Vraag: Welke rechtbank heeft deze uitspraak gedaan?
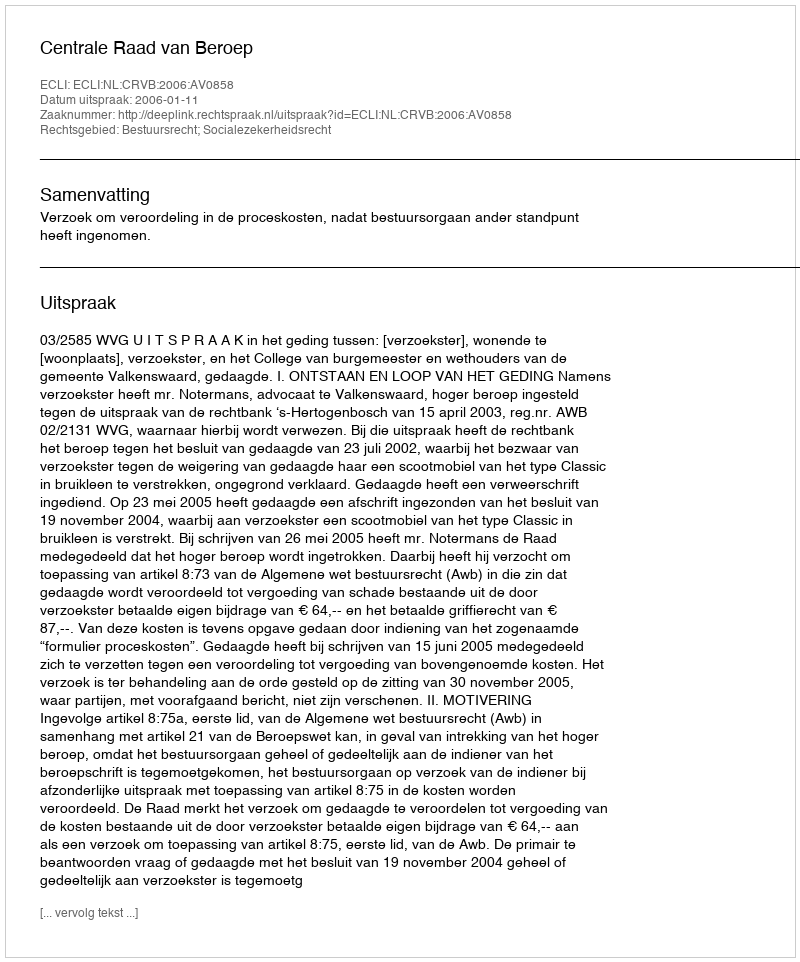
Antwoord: Centrale Raad van Beroep